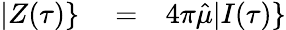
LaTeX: \begin{array}{rlr}{|Z(\tau)\} }&{{}=}&{4\pi\hat{\mu}|I(\tau)\} }\end{array}